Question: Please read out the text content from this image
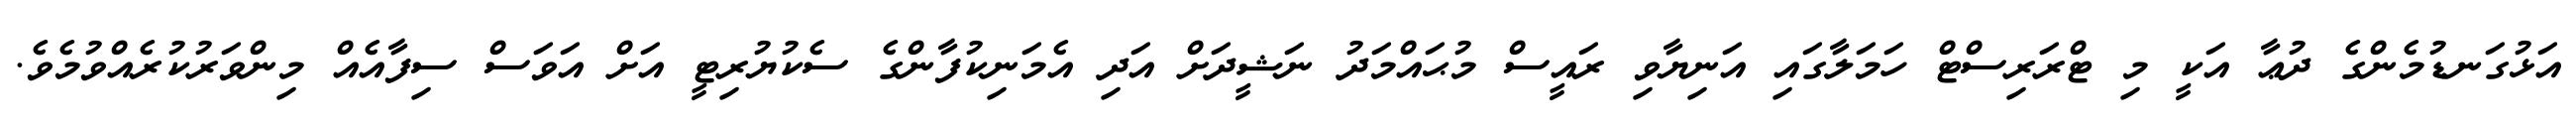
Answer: އަޅުގަނޑުމެންގެ ދުޢާ އަކީ މި ޓްރަރިސްޓް ހަމަލާގައި އަނިޔާވި ރައީސް މުޙައްމަދު ނަޝީދަށް އަދި އެމަނިކުފާންގެ ސެކުޔުރިޓީ އަށް އަވަސް ސިފާއެއް މިންވަރުކުރެއްވުމެވެ.